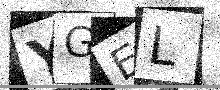
Text: YGEL